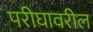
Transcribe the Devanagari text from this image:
परीघावरील